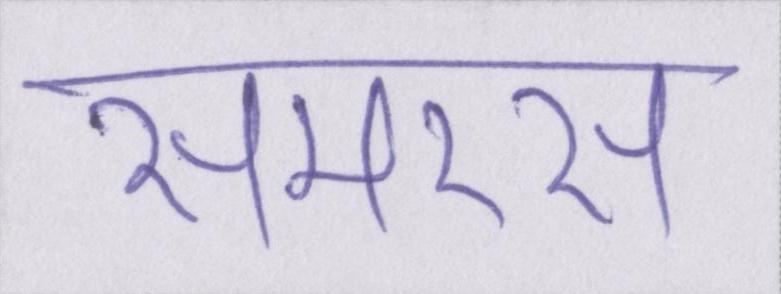
समरस